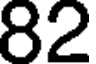
82